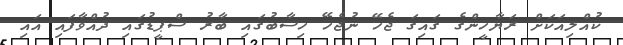
ކުއްލިއަކަށް ރަޔާހީންގެ ގައިގަ ޖެހޭ ނުޖެހޭ ހިސާބުގައި ބާރު ސްޕީޑުގައި ދުއްވާފައި އައި